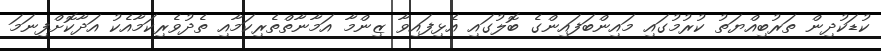
ކުޑަކުދިން ތަރުބިއްޔަތު ކުރުމުގައި މައިންބަފައިންގެ ބޮލުގައި އެޅިފައިވާ ޒިންމާ އަމާނާތްތެރިކަމާއި ތެދުވެރިކަމާއެކު އަދާކޮށްފިނަމަ